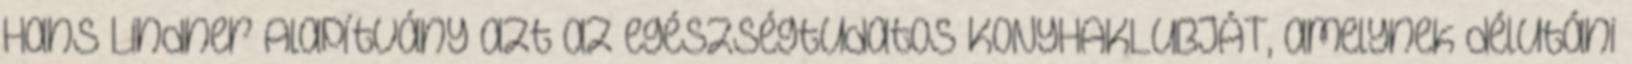
Hans Lindner Alapítvány azt az egészségtudatos KONYHAKLUBJÁT, amelynek délutáni